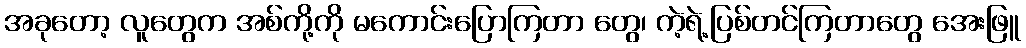
အခုတော့ လူတွေက အစ်ကို့ကို မကောင်းပြောကြတာ တွေ၊ ကဲ့ရဲ့ပြစ်တင်ကြတာတွေ အေးဖြူ